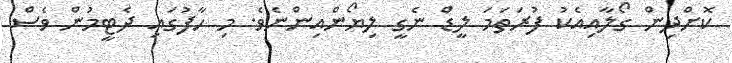
ކޮށްދިން ގޯލާއިއެކު ފުރަތަމަ ލީޑް ނެގީ ލިޔޯންއިންނެވެ. މި ހާފުގައި ދެޓީމުން ވެސް